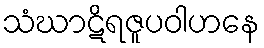
သံဃာဋိရဇူပဝါဟနေ